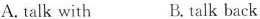
A.talk with B.talk back